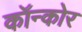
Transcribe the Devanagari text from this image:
कॉन्कोर